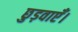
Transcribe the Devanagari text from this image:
छुड़वाएँ।